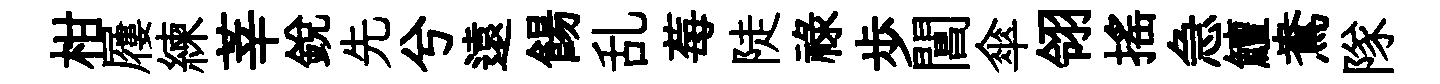
柑屨練莘銳先兮遠餳乱莓陡禄歩閶傘翎搖急鱣鴦隊